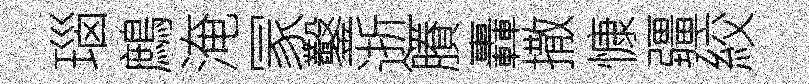
瑙鷓淹冡鑿逝賸轟撒慷疆絞